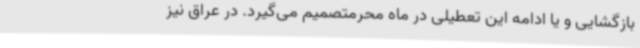
بازگشایی و یا ادامه این تعطیلی در ماه محرمتصمیم می‌گیرد. در عراق نیز